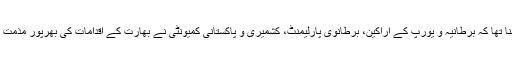
ان کا کہنا تھا کہ برطانیہ و یورپ کے اراکین، برطانوی پارلیمنٹ، کشمیری و پاکستانی کمیونٹی نے بھارت کے اقدامات کی بھرپور مذمت کی ہے۔